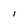
Character: 1